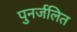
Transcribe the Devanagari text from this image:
पुनर्जलित